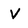
Character: v